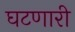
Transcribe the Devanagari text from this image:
घटणारी